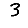
Digit: 3